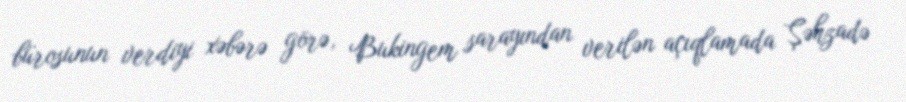
bürosunun verdiyi xəbərə görə, Bukingem sarayından verilən açıqlamada Şəhzadə